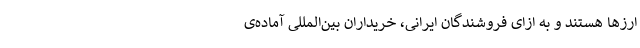
ارزها هستند و به ازای فروشندگان ایرانی، خریداران بین‌المللی آماده‌ی